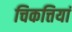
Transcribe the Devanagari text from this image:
चिकत्तियां